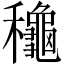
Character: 龝